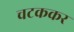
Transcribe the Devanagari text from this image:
चटककर